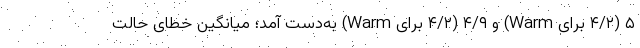
۵ (۴/۲ برای Warm) و ۴/۹ (۴/۲ برای Warm) به‌دست آمد؛ میانگین خطای حالت